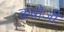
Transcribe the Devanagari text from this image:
कंबोजी